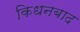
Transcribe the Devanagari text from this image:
किधनबाद